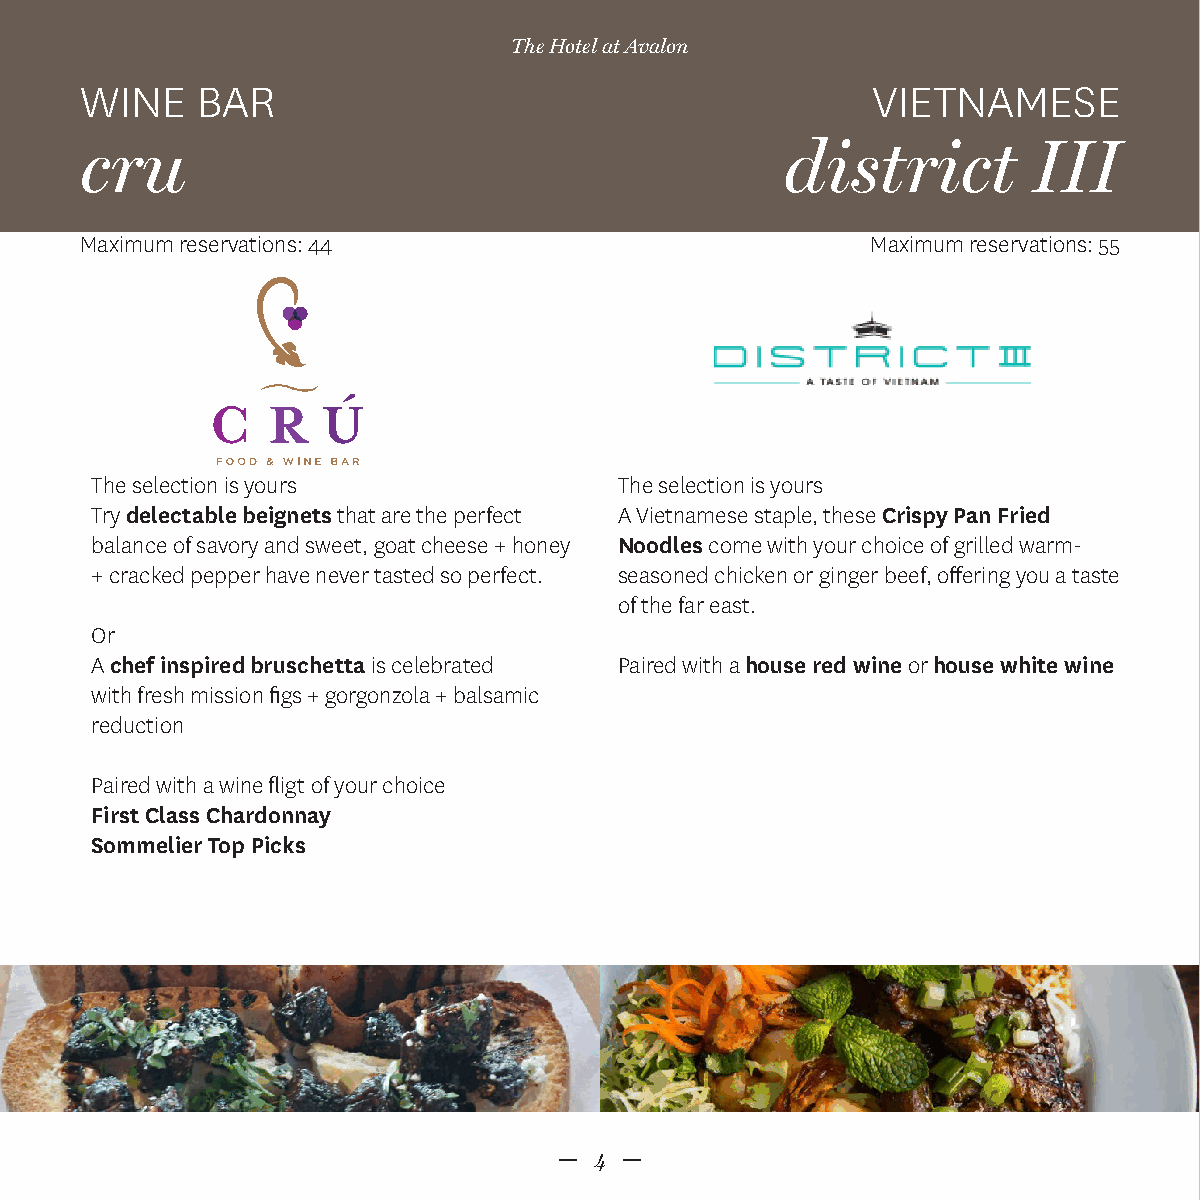
The Hotel at Avalon
 WINE    BAR                                          VIETNAMESE
 cru                                            district        III
 Maximum reservations: 44                             Maximum reservations: 55
 The selection is yours             The selection is yours
 Try delectable beignets that are the perfect A Vietnamese staple, these Crispy Pan Fried
 balance of savory and sweet, goat cheese + honey Noodles come with your choice of grilled warm-
 + cracked pepper have never tasted so perfect. seasoned chicken or ginger beef, offering you a taste
 of the far east.
 Or
 A chef inspired bruschetta is celebrated Paired with a house red wine or house white wine
 with fresh mission figs + gorgonzola + balsamic
 reduction
 Paired with a wine fligt of your choice
 First Class Chardonnay
 Sommelier Top Picks
 4